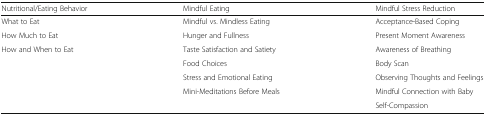
<table><thead><tr><td><b>Nutritional/Eating Behavior</b></td><td><b>Mindful Eating</b></td><td><b>Mindful Stress Reduction</b></td></tr></thead><tbody><tr><td>What to Eat</td><td>Mindful vs. Mindless Eating</td><td>Acceptance-Based Coping</td></tr><tr><td>How Much to Eat</td><td>Hunger and Fullness</td><td>Present Moment Awareness</td></tr><tr><td>How and When to Eat</td><td>Taste Satisfaction and Satiety</td><td>Awareness of Breathing</td></tr><tr><td></td><td>Food Choices</td><td>Body Scan</td></tr><tr><td></td><td>Stress and Emotional Eating</td><td>Observing Thoughts and Feelings</td></tr><tr><td></td><td>Mini-Meditations Before Meals</td><td>Mindful Connection with Baby</td></tr><tr><td></td><td></td><td>Self-Compassion</td></tr></tbody></table>